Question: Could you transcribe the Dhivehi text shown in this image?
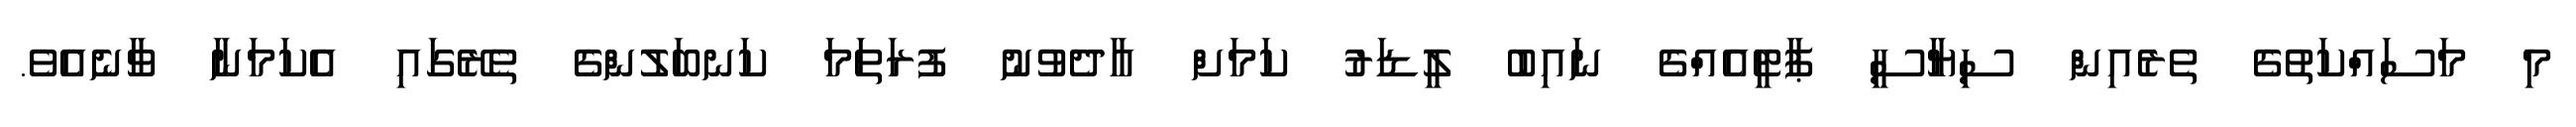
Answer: މި މަސައްކަތުގެ ތެރެއިން ސިޔާސީ ޕާޓީއެއްގެ ނައިބު ލީޑަރު ކަމަށް އާދެވުނު ފުރަތަމަ ކަނބަލުންގެ ތެރޭގައި އެކަމަނާ ވާނެއެވެ.